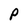
Character: P